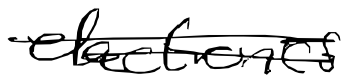
Text: electronics
Cross-out: double-line
Writing tool: digital_black